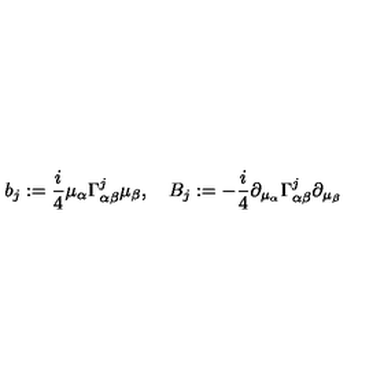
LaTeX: b _ { j } : = \frac { i } { 4 } \mu _ { \alpha } \Gamma _ { \alpha \beta } ^ { j } \mu _ { \beta } , \quad B _ { j } : = - \frac { i } { 4 } \partial _ { \mu _ { \alpha } } \Gamma _ { \alpha \beta } ^ { j } \partial _ { \mu _ { \beta } }